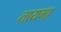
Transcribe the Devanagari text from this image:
तायगा